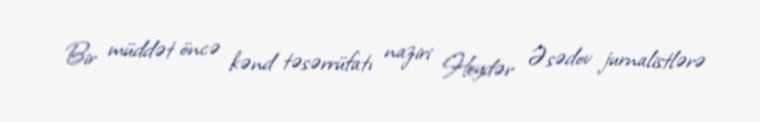
Bir müddət öncə kənd təsərrüfatı naziri Heydər Əsədov jurnalistlərə